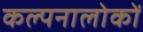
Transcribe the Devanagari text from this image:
कल्पनालोकों